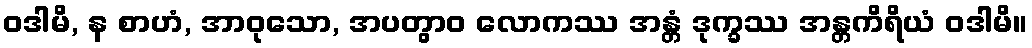
ဝဒါမိ, န စာဟံ, အာဝုသော, အပတွာဝ လောကဿ အန္တံ ဒုက္ခဿ အန္တကိရိယံ ဝဒါမိ။